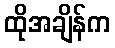
ထိုအချိန်က